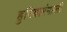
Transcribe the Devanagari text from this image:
हुरियारंगाली